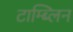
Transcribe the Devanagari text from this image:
टाम्ब्लिन